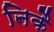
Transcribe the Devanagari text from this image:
निकै